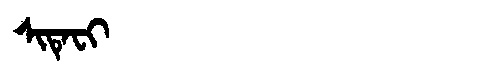
Manchu: ᠰᡳᡨᡝᠸᡳ
Romanization: SITEFI